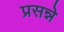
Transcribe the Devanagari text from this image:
प्रसन्ने